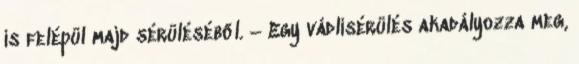
is felépül majd sérüléséből. – Egy vádlisérülés akadályozza meg,